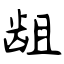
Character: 龃